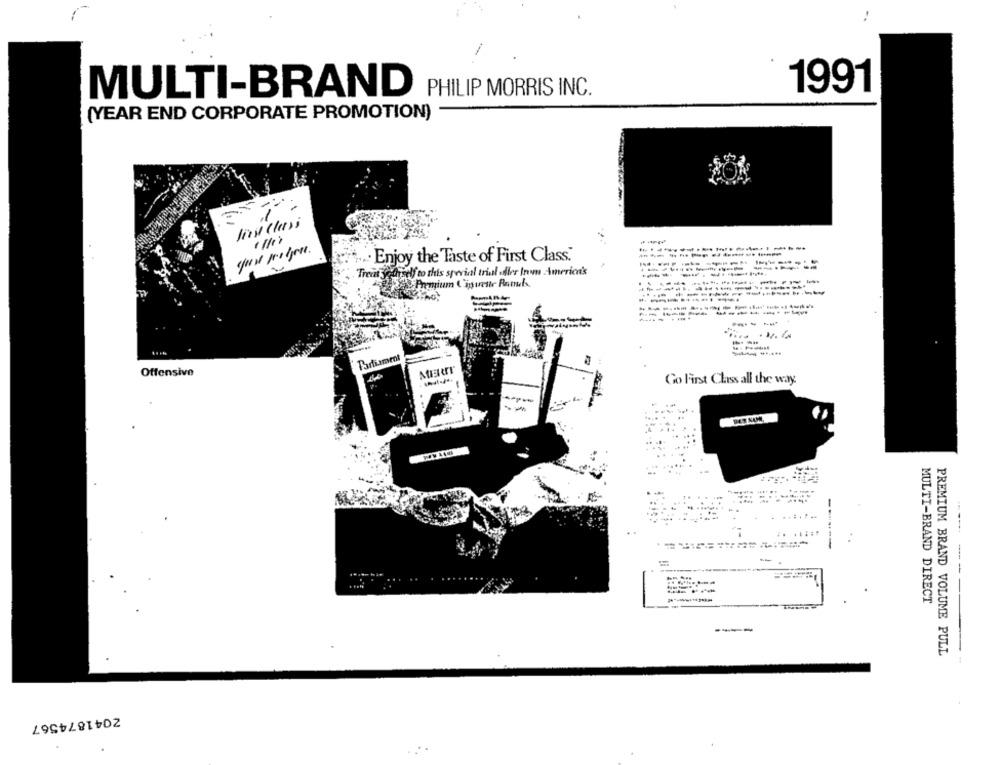
MULTI-BRAND
PHILIP MORRIS INC.
1991
(YEAR END CORPORATE PROMOTION)
First Class
Enjoy the Taste of First Class.
--
Treat yourself to this special trial edler Irm America's
Premium Ciguette Ranks.
-------
-------
Parliament
Offensive
Go First Class all the way
.. .....
-
MULTI-BRAND DIRECT
----
PREMIUM BRAND VOLUME PULL
2041874567